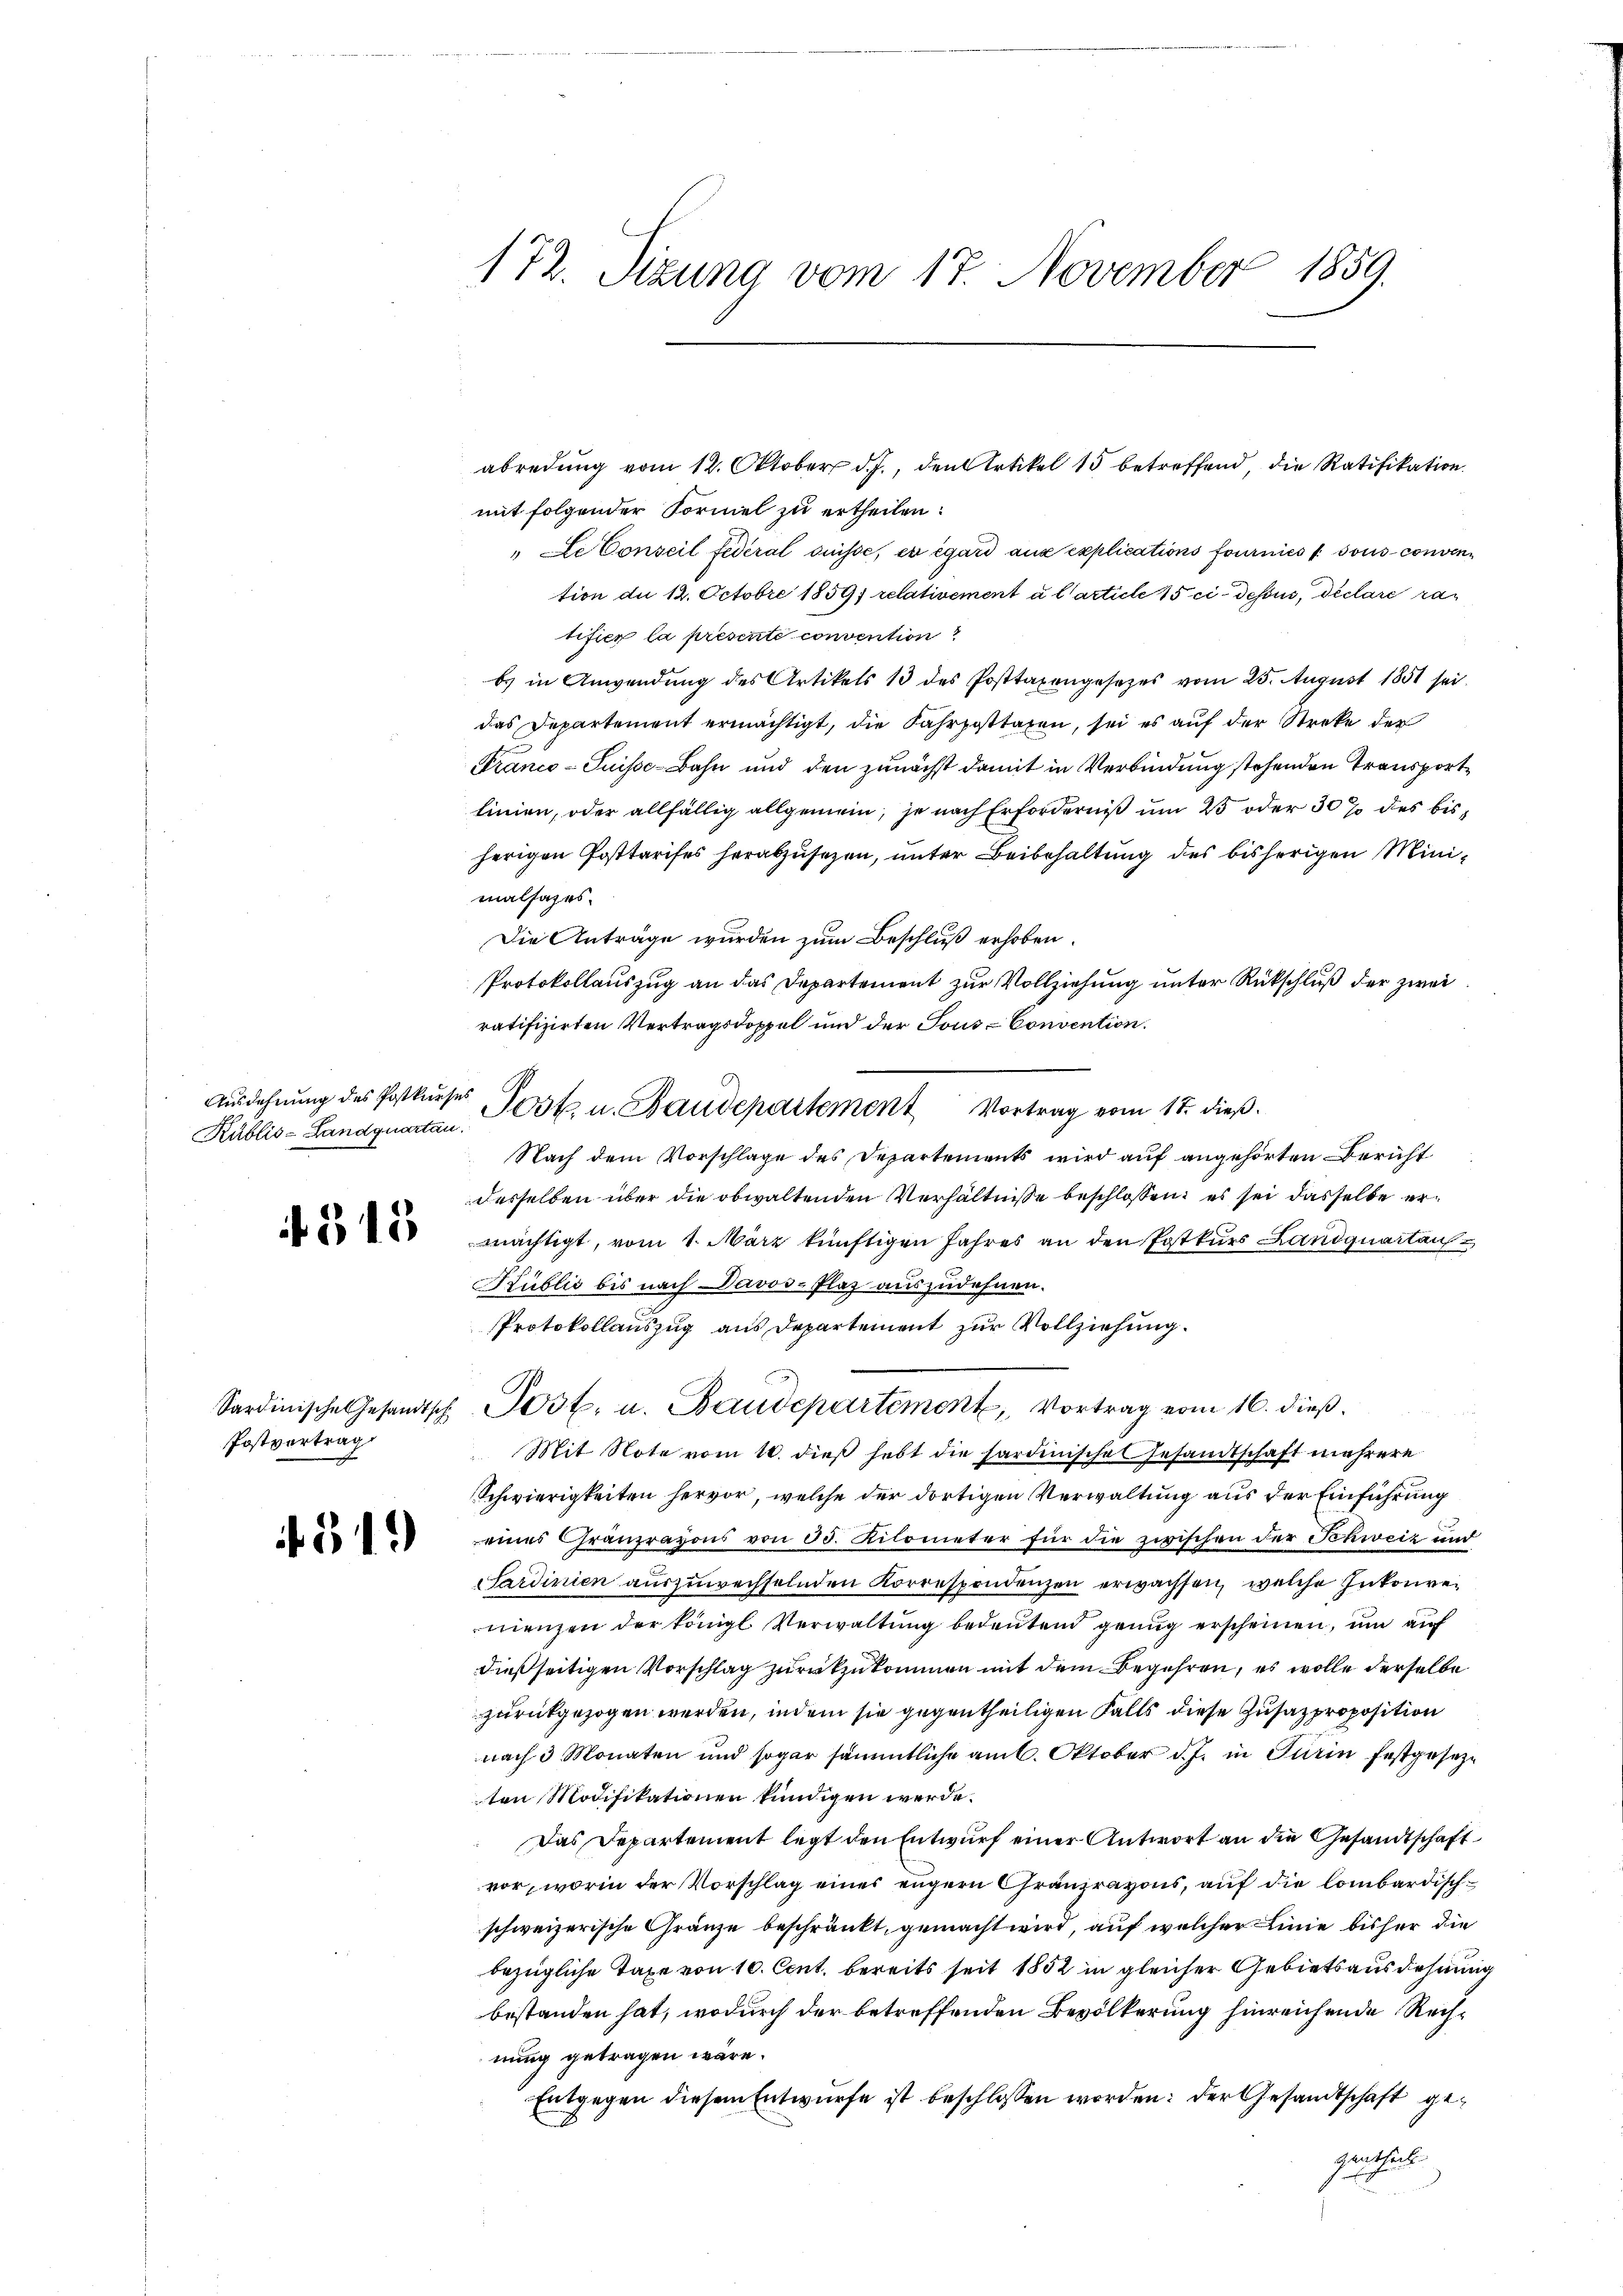
Kublis-Landquartan

Postvertrag

172. Sizung vom 17. November 1859.

mit folgender Formel zu ertheilen.
Le Conseil fédéral Suisse, en égard aux explications fournies sous convention du 12. Octobre 1859; relativement à l’article 15 ci-dessus, declare ra
tifier la présente convention
bs in Anwendung des Artikels 10 des Posttaxengesetzes vom 25. August 1851 sei.
das Departement ermächtigt, die Fahrposttaren, sei es auf der Streke der
Franco- Puisse-Bahn und den zunächst damit in Verbindung stehenden Transportlinien, oder allfällig allgemein, je nach Erforderniß um 25 oder 30% des bisherigen Posttarises herabzusezen, unter Beibehaltung des bisherigen Minimalfazes.
Die Anträge wurden zum Beschluß erhoben.
Protokollauszug an das Departement zur Vollziehung unter Rückschluß der zwei
ratifizirten Vertragsdoppel und der Tous Convention.
Aŭsdehnŭng des Postkŭrses Post u. Baudepartement Vortrag vom 18. dieβ.
Nach dem Vorschlage des Departements wird auf angehörten Bericht
desselben über die obwaltenden Verhältnisse beschlossen, es sei dasselbe er¬
 mächtigt, vom 1. März künftigen Jahres an den Postkurs Landquartaus
Küblić bis nach Davos- Plaz auszudehnen.
Protokollauszug aus Departement zur Vollziehung.
Sardinische Gesandtsch Post. u. Baudepartement, Vortrag vom 16. dieß.
Mit Note vom 10. dieß hebt die sardinische Gesandtschaft mehrere
Schwierigkeiten hervor, welche der dortigen Verwaltung aus der Einführung
 2 eines Granzrayons von 35. Kilometer für die zwischen der Schweiz und
Sardinien auszuwechselnden Korrespondenzen erwachsen, welche Inkonvenienzen der königl. Verwaltung bedeutend genug erscheinen, um auf
dießseitigen Vorschlag zurückzukommen mit dem Begehren, es wolle derselbe
zurückgezogen werden, indem sie gegentheiligen Falls diese Zusatzproposition
nach 3 Monaten und sogar sämmtliche am 6. Oktober d. J. in Turin festgesetze
ten Modifikationen kundigen werde.
Das Departement legt den Entwurf einer Antwort an die Gesandtschaft
vor, worin der Vorschlag eines engern Gränzravons, auf die lombardischschweizerische Gränze beschränkt, gemacht wird, auf welcher Linie bisher die
bezügliche Taxe von 10. Cent. bereits seit 1852 in gleicher Gebietsausdehnung
bestanden hat, wodurch der betreffenden Bevölkerung hinreichende Rechnung getragen wäre.
Entgegen diesem Entwurfe ist beschlossen worden: der Gesandtschaft gegenthalte

abredung vom 12. Oktober d. J., den Artikel 15 betreffend, die Ratifikation.